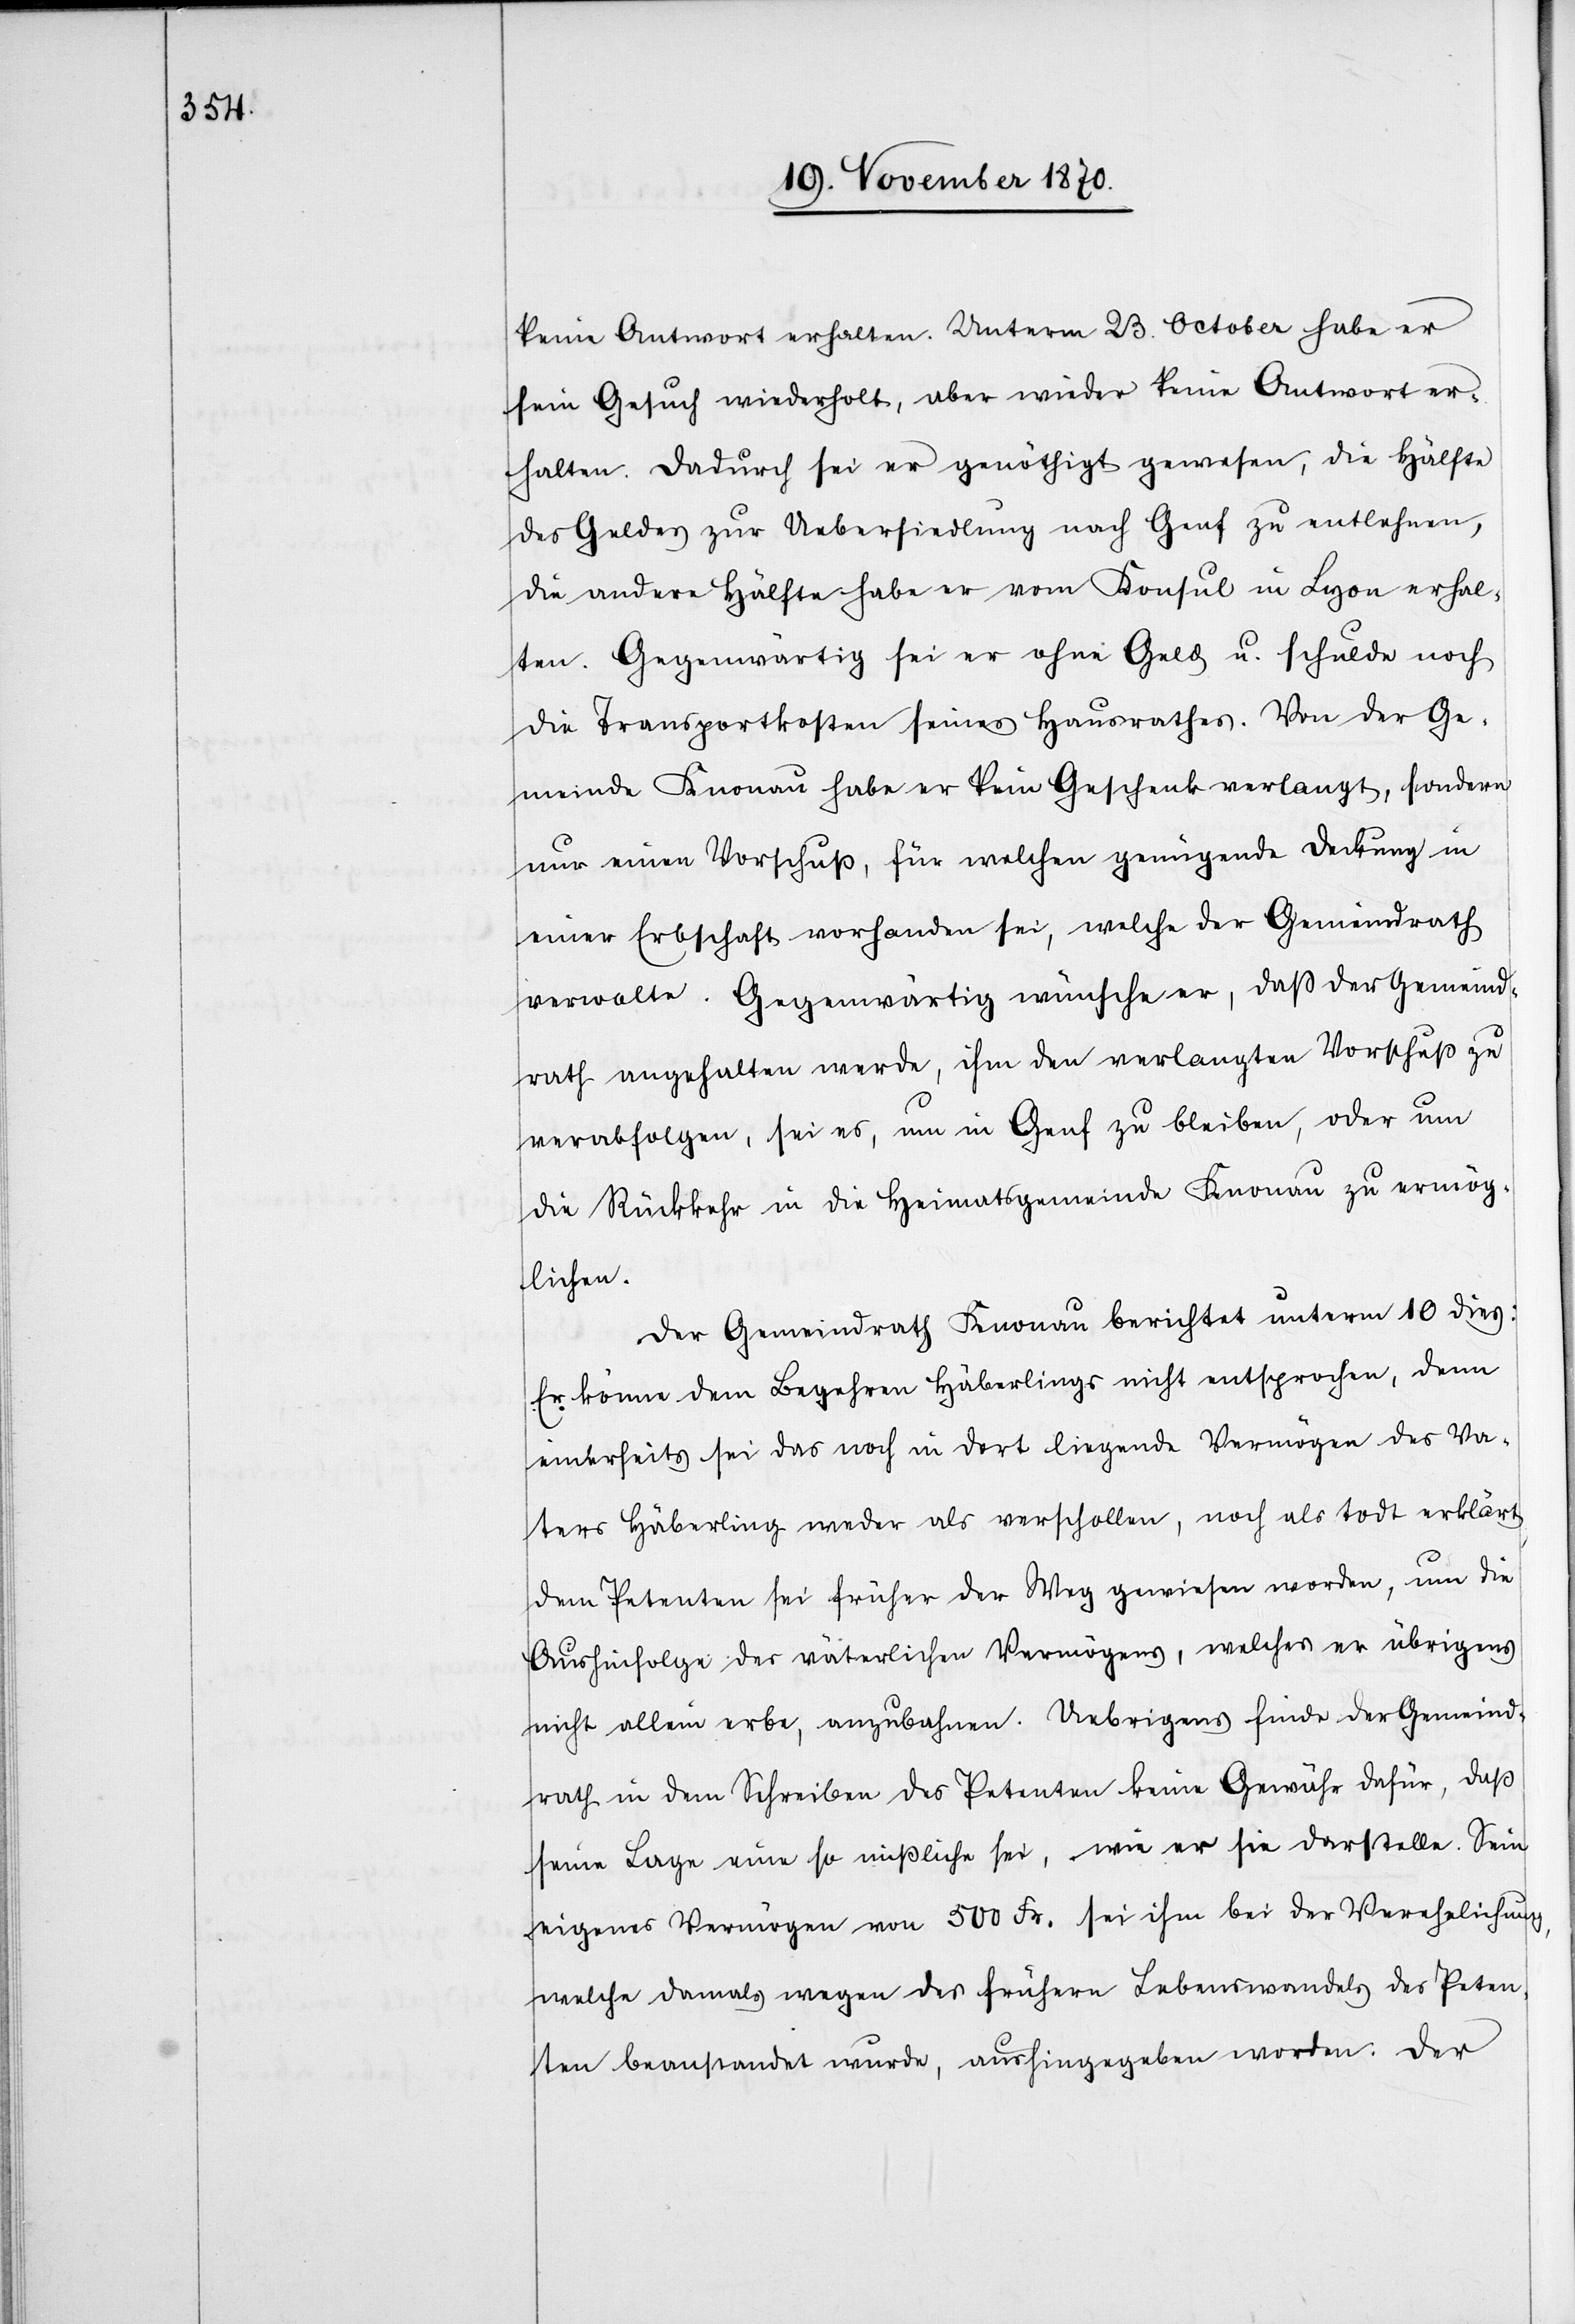
keine Antwort erhalten. Unterm 23. October habe er
sein Gesuch wiederholt, aber wieder keine Antwort er¬
halten. Dadurch sei er genöthigt gewesen, die Hälfte
des Geldes zur Uebersiedlung nach Genf zu entlehnen,
die andere Hälfte habe er vom Konsul in Lyon erhal¬
ten. Gegenwärtig sei er ohne Geld u. schulde noch
die Transportkosten seines Hausrathes. Von der Ge¬
meinde Knonau habe er kein Geschenk verlangt, sondern
nur einen Vorschuß, für welchen genügende Deckung in
einer Erbschaft vorhanden sei, welche der Gemeindrath
verwalte. Gegenwärtig wünsche er, daß der Gemeind¬
rath angehalten werde, ihm den verlangten Vorschuß zu
verabfolgen, sei es, um in Genf zu bleiben, oder um
die Rückkehr in die Heimatsgemeinde Knonau zu ermög¬
lichen.
Der Gemeindrath Knonau berichtet unterm 10 dieß:
Er könne dem Begehren Häberlings nicht entsprochen [recte:
einerseits sei das noch in dort liegende Vermögen des Va¬
ters Häberling weder als verschollen, noch als todt erklärt.
Dem Petenten sei früher der Weg gewiesen worden, um die
Aushinfolge des väterlichen Vermögens, welches er übrigens
nicht allein erbe, anzubahnen. Uebrigens finde der Gemeind¬
rath in dem Schreiben des Petenten keine Gewähr dafür, daß
seine Lage eine so missliche sei, wie er sie darstelle. Sein
eigenes Vermögen von 500 Fr: sei ihm bei der Verehelichung,
welche damals wegen des frühern Lebenswandels des Peten¬
ten beanstandet wurde, aushingegeben worden. Der